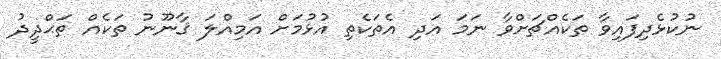
ނުކުޅެދިފައިވާ ތަކެއްޗަށްވާ ނަމަ އަދި އެތަކެތި އުޅުމަށް އަމިއްލަ ޤާނޫނު ތަކެއް ތަޙްދީދު